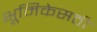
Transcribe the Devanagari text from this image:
भूमिकेसठी